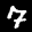
Label: 7